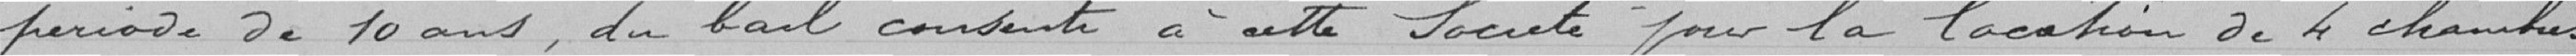
période de 10 ans, du bail consenti à cette société pour la location de 4 chambres